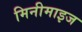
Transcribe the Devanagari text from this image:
मिनीमाइज